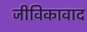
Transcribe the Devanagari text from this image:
जीविकावाद